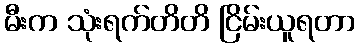
မီးက သုံးရက်တိတိ ငြိမ်းယူရတာ